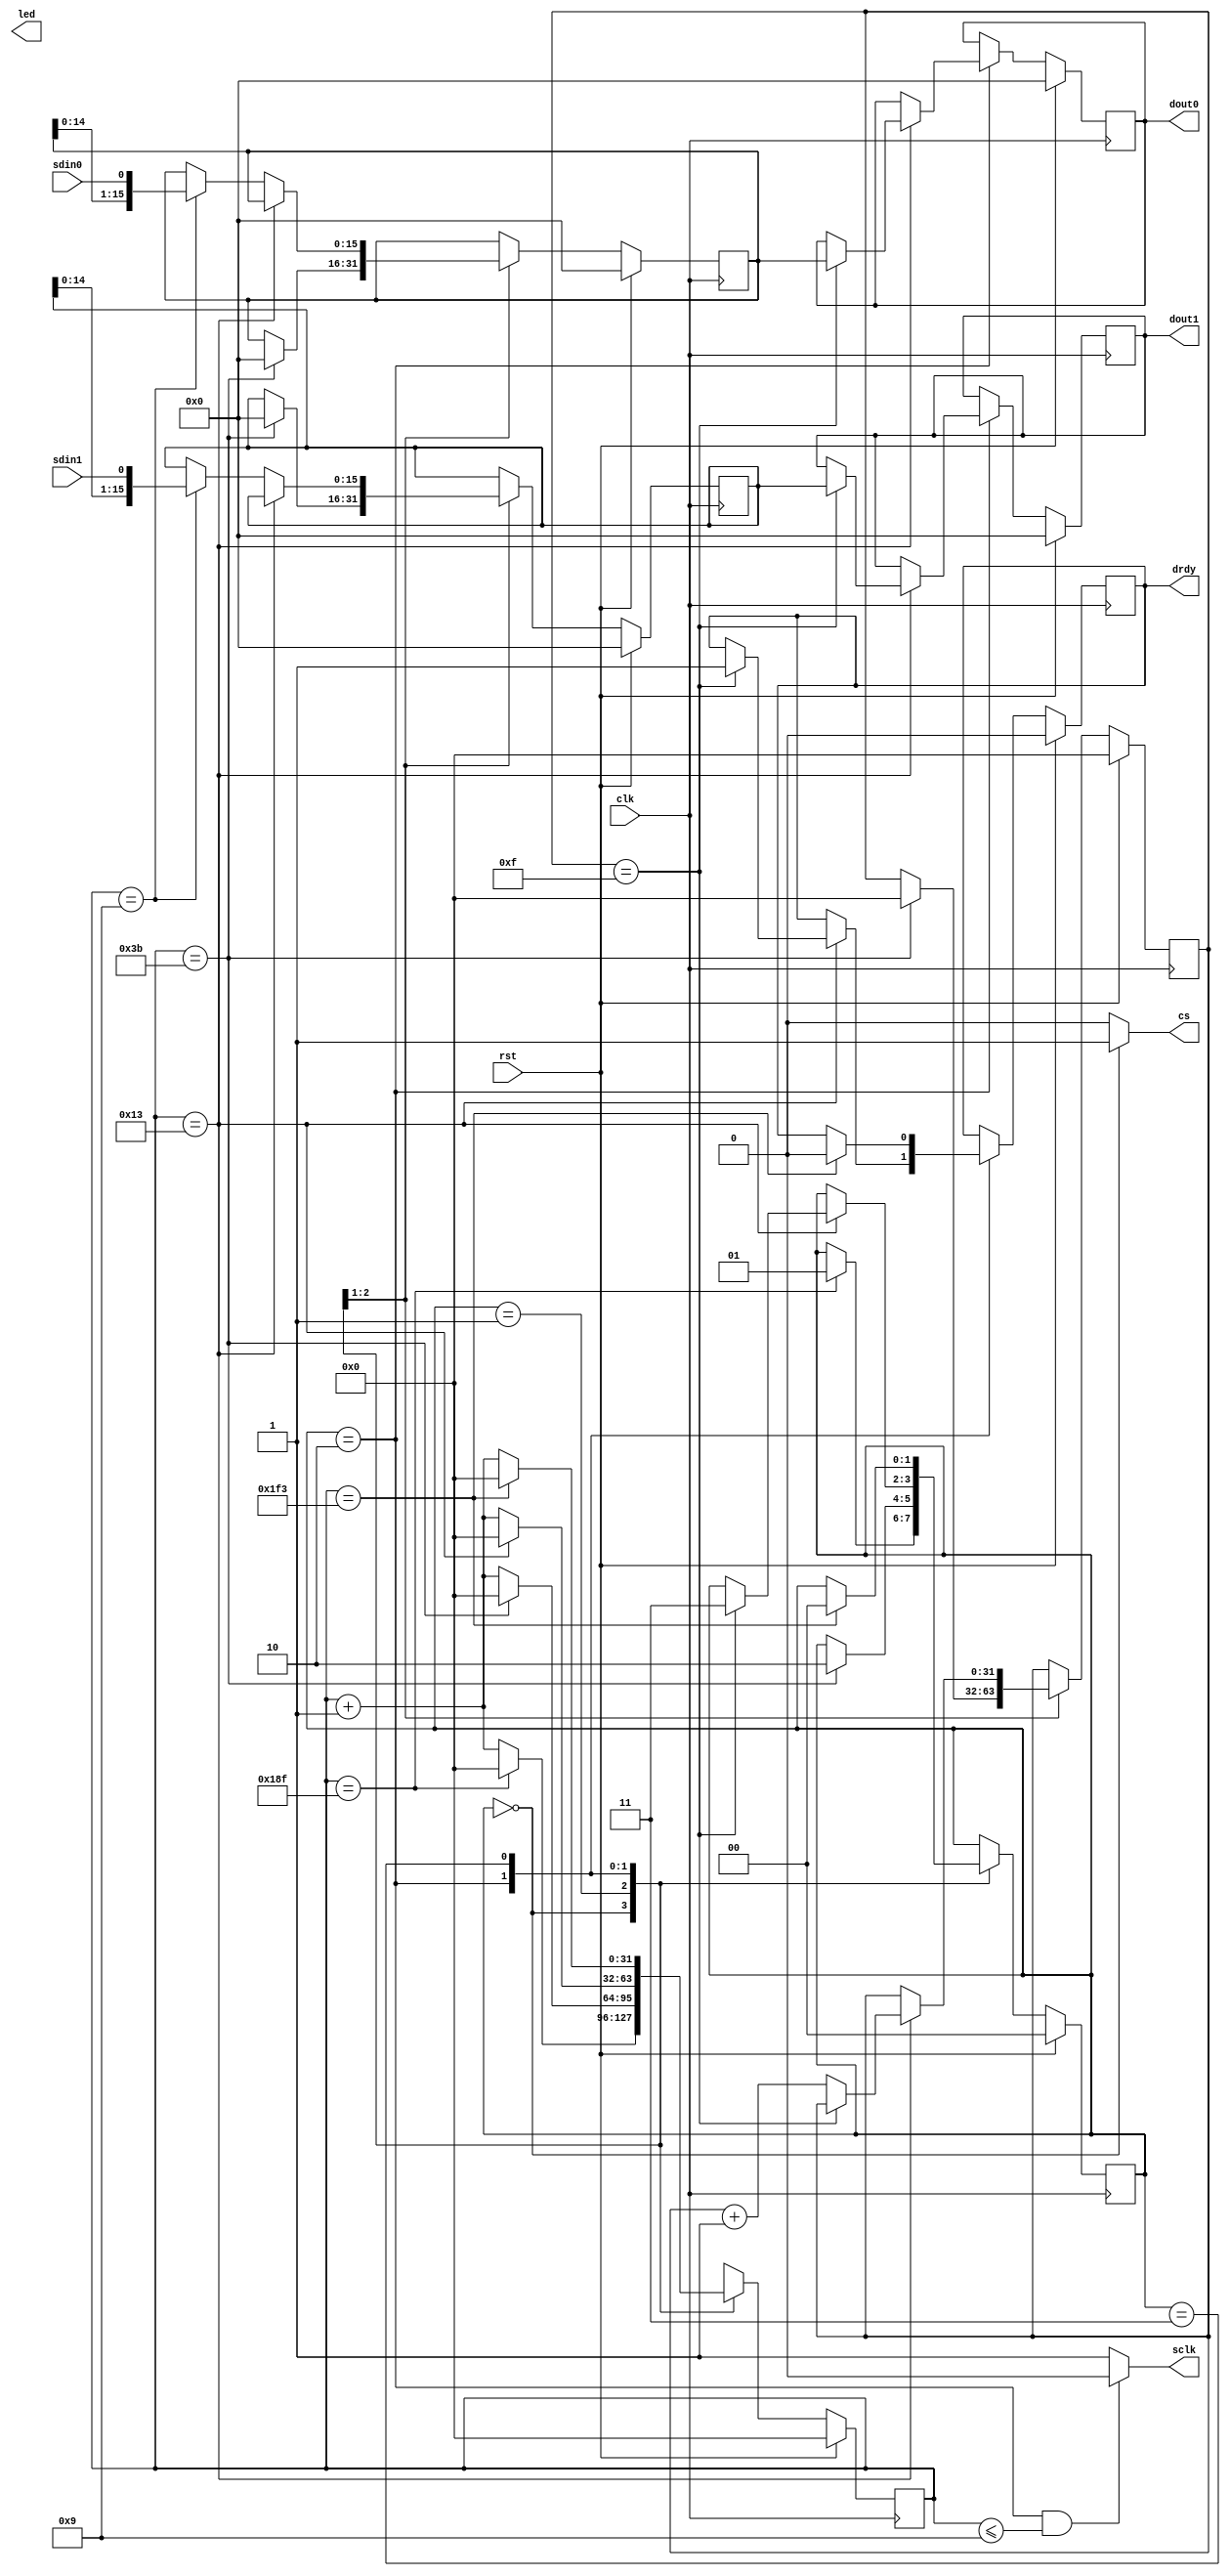
module ad1_spi (
    clk,
    rst,
    cs,
    sdin0,
    sdin1,
    sclk,
    drdy,
    dout0,
    dout1
    
    ,led
);
    parameter INCLUDE_DEBUG_INTERFACE = 0;
    parameter CLOCKS_PER_BIT = 20;//1 bit per 200ns
    parameter CLOCKS_BEFORE_DATA = 60;//600ns
    parameter CLOCKS_AFTER_DATA = 500;//5us
    parameter CLOCKS_BETWEEN_TRANSACTIONS = 400;//4us
    localparam BITS_PER_TRANSACTION = 16;
    localparam BIT_HALFWAY_CLOCK = CLOCKS_PER_BIT>>1;

    input clk;
    input rst;
//    reg [15:0] dout0 = 0;
//    reg [15:0] dout1 = 0;
    output cs;
    input sdin0;
    input sdin1;
    output sclk;//period=200ns
    output reg drdy = 0; // data ready flag
    output reg [15:0] dout0 = 0;
    output reg [15:0] dout1 = 0;
    output [1:0] led;
    
    localparam S_HOLD        = 0; // 4000ns
    localparam S_FRONT_PORCH = 1; // 600ns
    localparam S_SHIFTING    = 2; // 16*sclk.per
    localparam S_BACK_PORCH  = 3; // 5000ns
        
    reg [1:0] state = S_HOLD;
    reg [31:0] count0 = 0;
    reg [31:0] count1 = 0;
    reg [15:0] shft0 = 0;
    reg [15:0] shft1 = 0;
    
    assign cs = (state == S_HOLD) ? 1 : 0;
    assign sclk = (state == S_SHIFTING && count0 <= BIT_HALFWAY_CLOCK-1) ? 0 : 1;
    
    generate if (INCLUDE_DEBUG_INTERFACE == 1)
        assign led = state;
    endgenerate
    
    always@(posedge clk)
        if (rst == 1) begin
            drdy <= 0;
            dout0 <= 0;
            dout1 <= 0;
            state <= S_HOLD;
            count0 <= 0;
            count1 <= 0;
            shft0 <= 0;
            shft1 <= 0;
        end else case (state)
        S_HOLD: if (count0 == CLOCKS_BETWEEN_TRANSACTIONS-1) begin
            state <= S_FRONT_PORCH;
            count0 <= 0;
        end else
            count0 <= count0 + 1;
        S_FRONT_PORCH: if (count0 == CLOCKS_BEFORE_DATA-1) begin
            state <= S_SHIFTING;
            count0 <= 0;
            count1 <= 0;
            shft0 <= 0;
            shft1 <= 0;
        end else
            count0 <= count0 + 1;
        S_SHIFTING: if (count0 == CLOCKS_PER_BIT-1) begin
            count0 <= 0;
            if (count1 == BITS_PER_TRANSACTION-1) begin
                dout0 <= shft0;
                dout1 <= shft1;
                drdy <= 1;
                state <= S_BACK_PORCH;
            end else
                count1 <= count1 + 1;
        end else begin
            count0 <= count0 + 1;
            if (count0 == BIT_HALFWAY_CLOCK-1) begin
                shft0 <= {shft0[14:0], sdin0};
                shft1 <= {shft1[14:0], sdin1};
            end
        end
        S_BACK_PORCH: if (count0 == CLOCKS_AFTER_DATA-1) begin
            count0 <= 0;
            drdy <= 0;
            state <= S_HOLD;
        end else
            count0 <= count0 + 1;
        endcase
        
endmodule